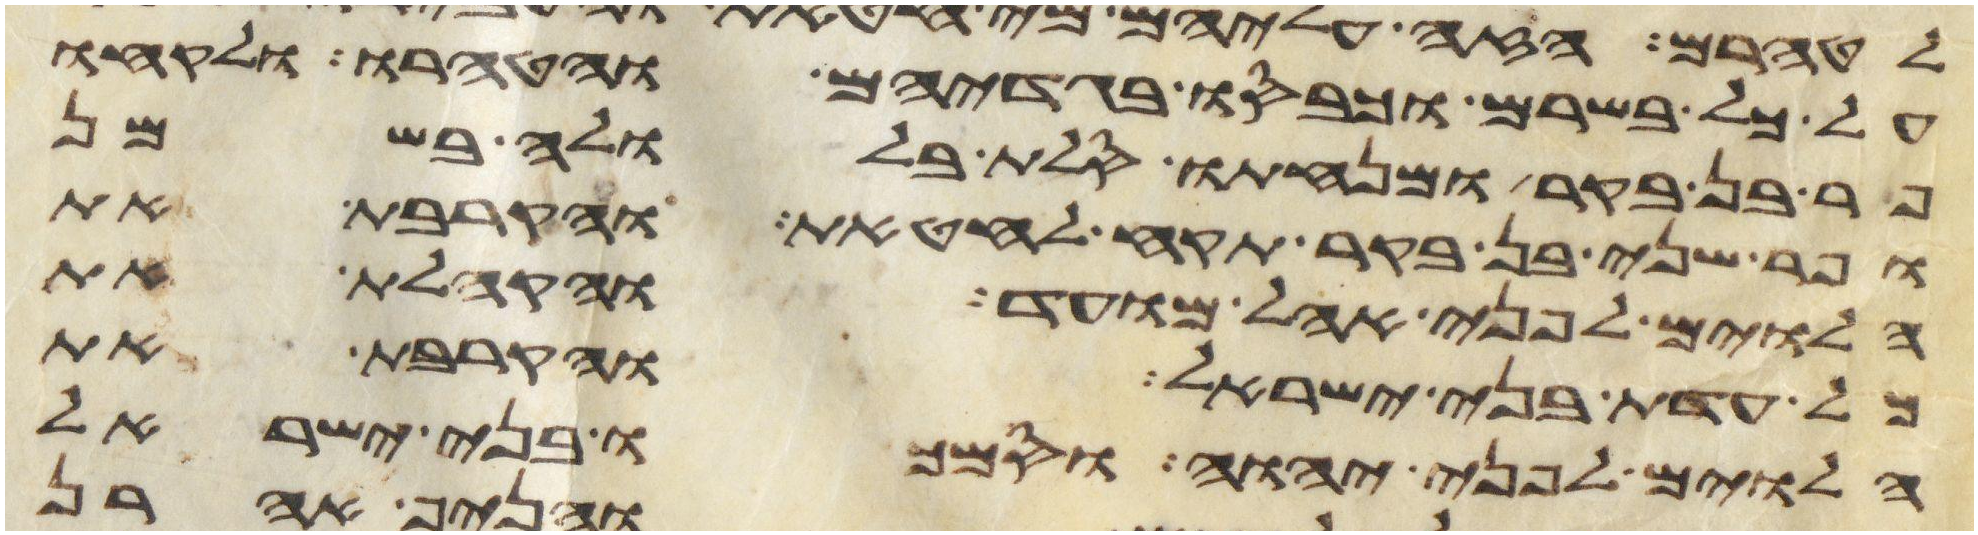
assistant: על כל בשרם וכבסו בגדיהם והטהרו ולקחו
פר בן בקר ומנחתו סלת בלולה בשמן
ופר שני בן בקר תקח לחטאת והקרבת את
הלוים לפני אהל מועד והקהלת את
כל עדת בני ישראל והקרבת את
הלוים לפני יהוה וסמכו בני ישראל